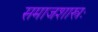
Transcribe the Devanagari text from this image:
समाजशास्त्रः